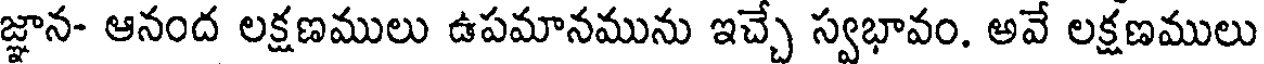
జ్ఞాన- ఆనంద లక్షణములు ఉపమానమును ఇచ్చే స్వభావం. అవే లక్షణములు